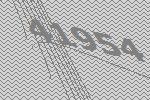
41954